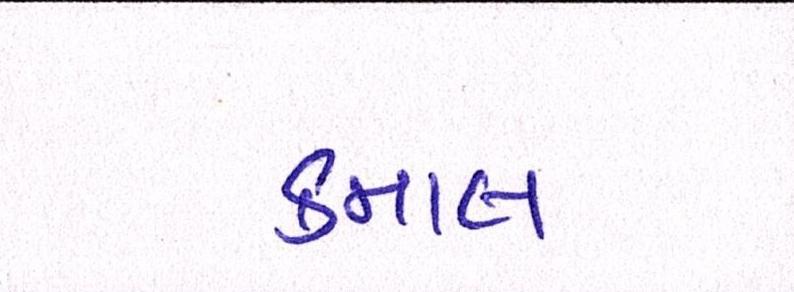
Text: કમાલ